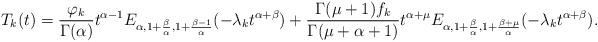
LaTeX: \begin{align*}T_k(t)= \frac{\varphi_{k}}{\Gamma(\alpha)} t^{\alpha-1} E_{\alpha,1+\frac{\beta}{\alpha},1+\frac{\beta-1}{\alpha}} (-\lambda_kt^{\alpha+\beta})+\frac{\Gamma(\mu+1){f_{k}}}{\Gamma(\mu+\alpha+1)} t^{\alpha+\mu} E_{\alpha,1+\frac{\beta}{\alpha},1+\frac{\beta+\mu}{\alpha}}(-\lambda_{k}t^{\alpha+\beta}).\end{align*}